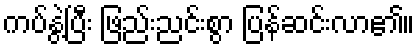
ကပ်နွဲ့ပြီး ဖြည်းညင်းစွာ ပြန်ဆင်းလာ၏။